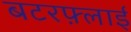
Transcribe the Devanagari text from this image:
बटरफ़्लाई